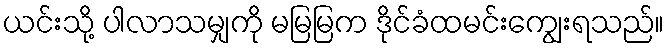
ယင်းသို့ ပါလာသမျှကို မမြမြက ဒိုင်ခံထမင်းကျွေးရသည်။